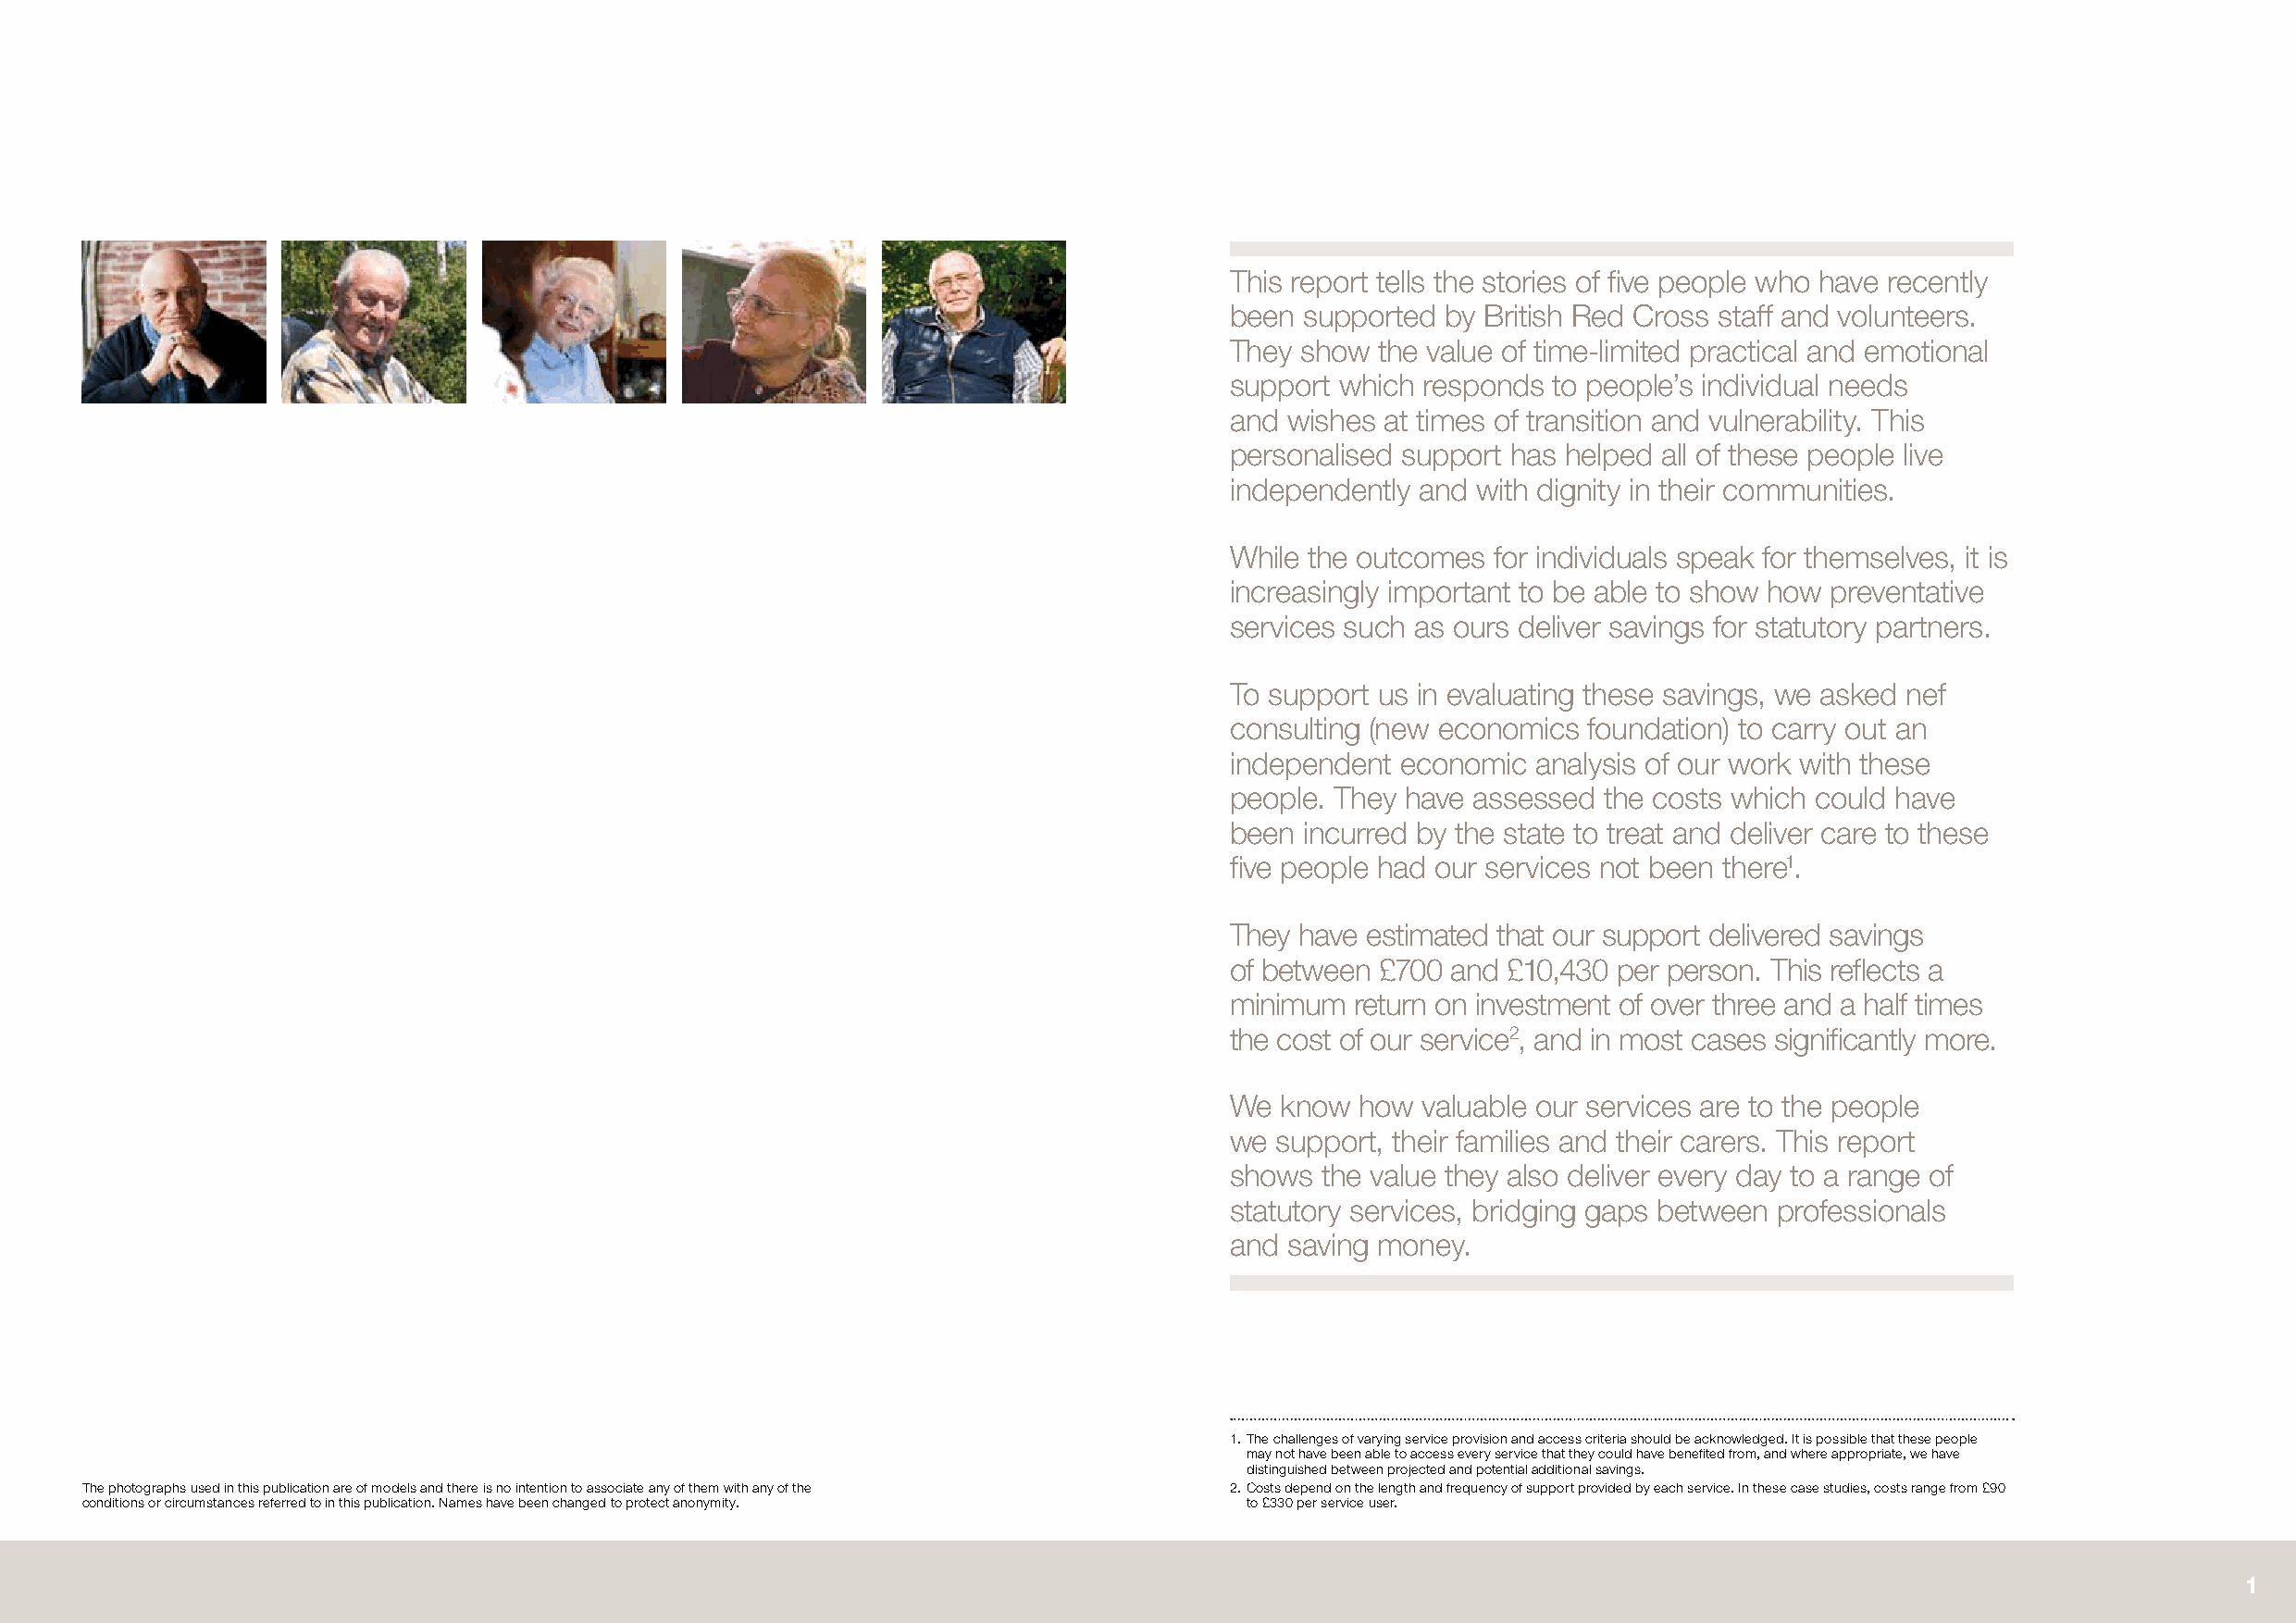
This report tells the stories of five people who have recently
 been supported by British Red Cross staff and volunteers.
 They show  the value of time-limited practical and emotional
 support which responds to people’s individual needs
 and wishes at times of transition and vulnerability. This
 personalised support has helped all of these people live
 independently and with dignity in their communities.
 While the outcomes for individuals speak for themselves, it is
 increasingly important to be able to show how preventative
 services such as ours deliver savings for statutory partners.
 To support us in evaluating these savings, we asked nef
 consulting (new economics foundation) to carry out an
 independent economic  analysis of our work with these
 people. They have assessed the costs which could have
 been incurred by the state to treat and deliver care to these
 five people had our services not been there1.
 They have estimated that our support delivered savings
 of between £700 and £10,430 per person. This reflects a
 minimum  return on investment of over three and a half times
 the cost of our service2, and in most cases significantly more.
 We  know how  valuable our services are to the people
 we support, their families and their carers. This report
 shows  the value they also deliver every day to a range of
 statutory services, bridging gaps between professionals
 and saving money.
 1. The challenges of varying service provision and access criteria should be acknowledged. It is possible that these people
 may not have been able to access every service that they could have benefited from, and where appropriate, we have
 distinguished between projected and potential additional savings.
 The photographs used in this publication are of models and there is no intention to associate any of them with any of the 2. Costs depend on the length and frequency of support provided by each service. In these case studies, costs range from £90
 conditions or circumstances referred to in this publication. Names have been changed to protect anonymity. to £330 per service user.
 1